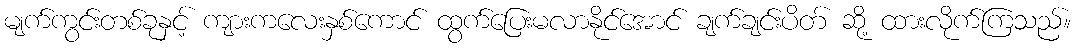
မျက်ကွင်းတစ်ခုနှင့် ကျားကလေးနှစ်ကောင် ထွက်ပြေးမလာနိုင်အောင် ချက်ချင်းပိတ် ဆို့ ထားလိုက်ကြသည်။